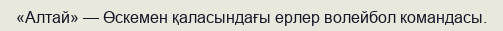
«Алтай» — Өскемен қаласындағы ерлер волейбол командасы.